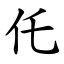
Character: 仛